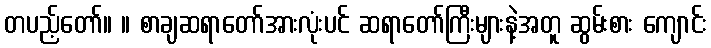
တပည့်တော်။ ။ စာချဆရာတော်အားလုံးပင် ဆရာတော်ကြီးများနဲ့အတူ ဆွမ်းစား ကျောင်း